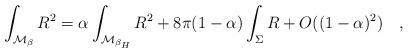
LaTeX: \begin{align*}\int_{{\cal M}_{\beta}}R^2=\alpha\int_{{\cal M}_{\beta _H}} R^2+8\pi(1-\alpha)\int_{\Sigma}R+O((1-\alpha)^2)~~~,\end{align*}